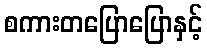
စကားတပြောပြောနှင့်